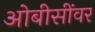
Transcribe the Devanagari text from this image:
ओबीसींवर